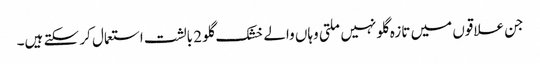
جن علاقوں میں تازہ گلو نہیں ملتی وہاں والے خشک گلو 2 بالشت استعمال کر سکتے ہیں۔